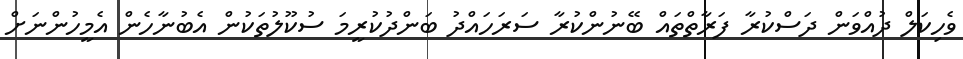
ވެހިކަލް ދުއްވަން ދަސްކުރާ ފަރާތްތައް ބޭނުންކުރާ ސަރަހައްދު ބަންދުކުރީމަ ސުކޫލުތަކުން އެބުނާހެން އެމީހުންނަށް